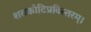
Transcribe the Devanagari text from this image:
शतकोटिप्रविस्तरम्‌।